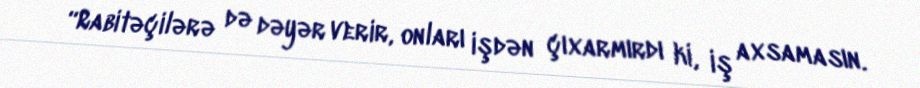
“Rabitəçilərə də dəyər verir, onları işdən çıxarmırdı ki, iş axsamasın.